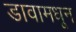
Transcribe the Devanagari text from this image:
डावामधून